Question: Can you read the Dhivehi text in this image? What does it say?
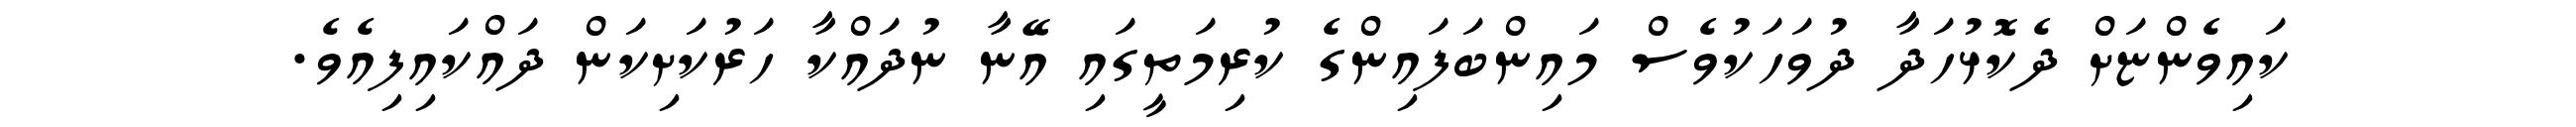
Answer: ކައިވެންޏަށް ދެކޮޅުހަދާ ދުވަހަކުވެސް މައިންބަފައިންގެ ކުރިމަތީގައި އޭނާ ނުދައްކާ ހަރުކަށިކަން ދައްކައިފިއެވެ.